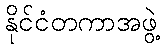
နိုင်ငံတကာအဖွဲ့